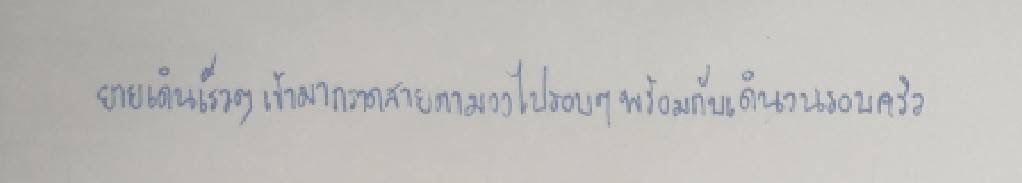
ยายเดินเร็วๆเข้ามากราดสายตามองไปรอบๆพร้อมกับเดินวนรอบครัว